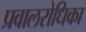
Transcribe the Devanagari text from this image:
प्रवालरोधिका